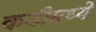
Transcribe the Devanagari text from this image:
कडीमध्ये